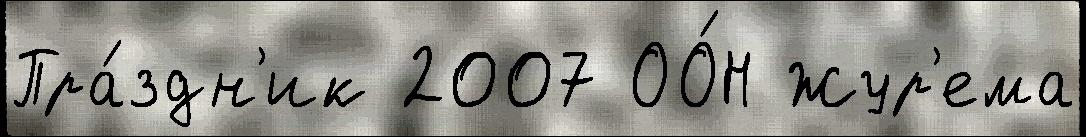
Пра́здн'ик 2007 ОО́Н Жур'ема